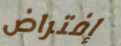
إفتراض